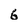
Character: 6